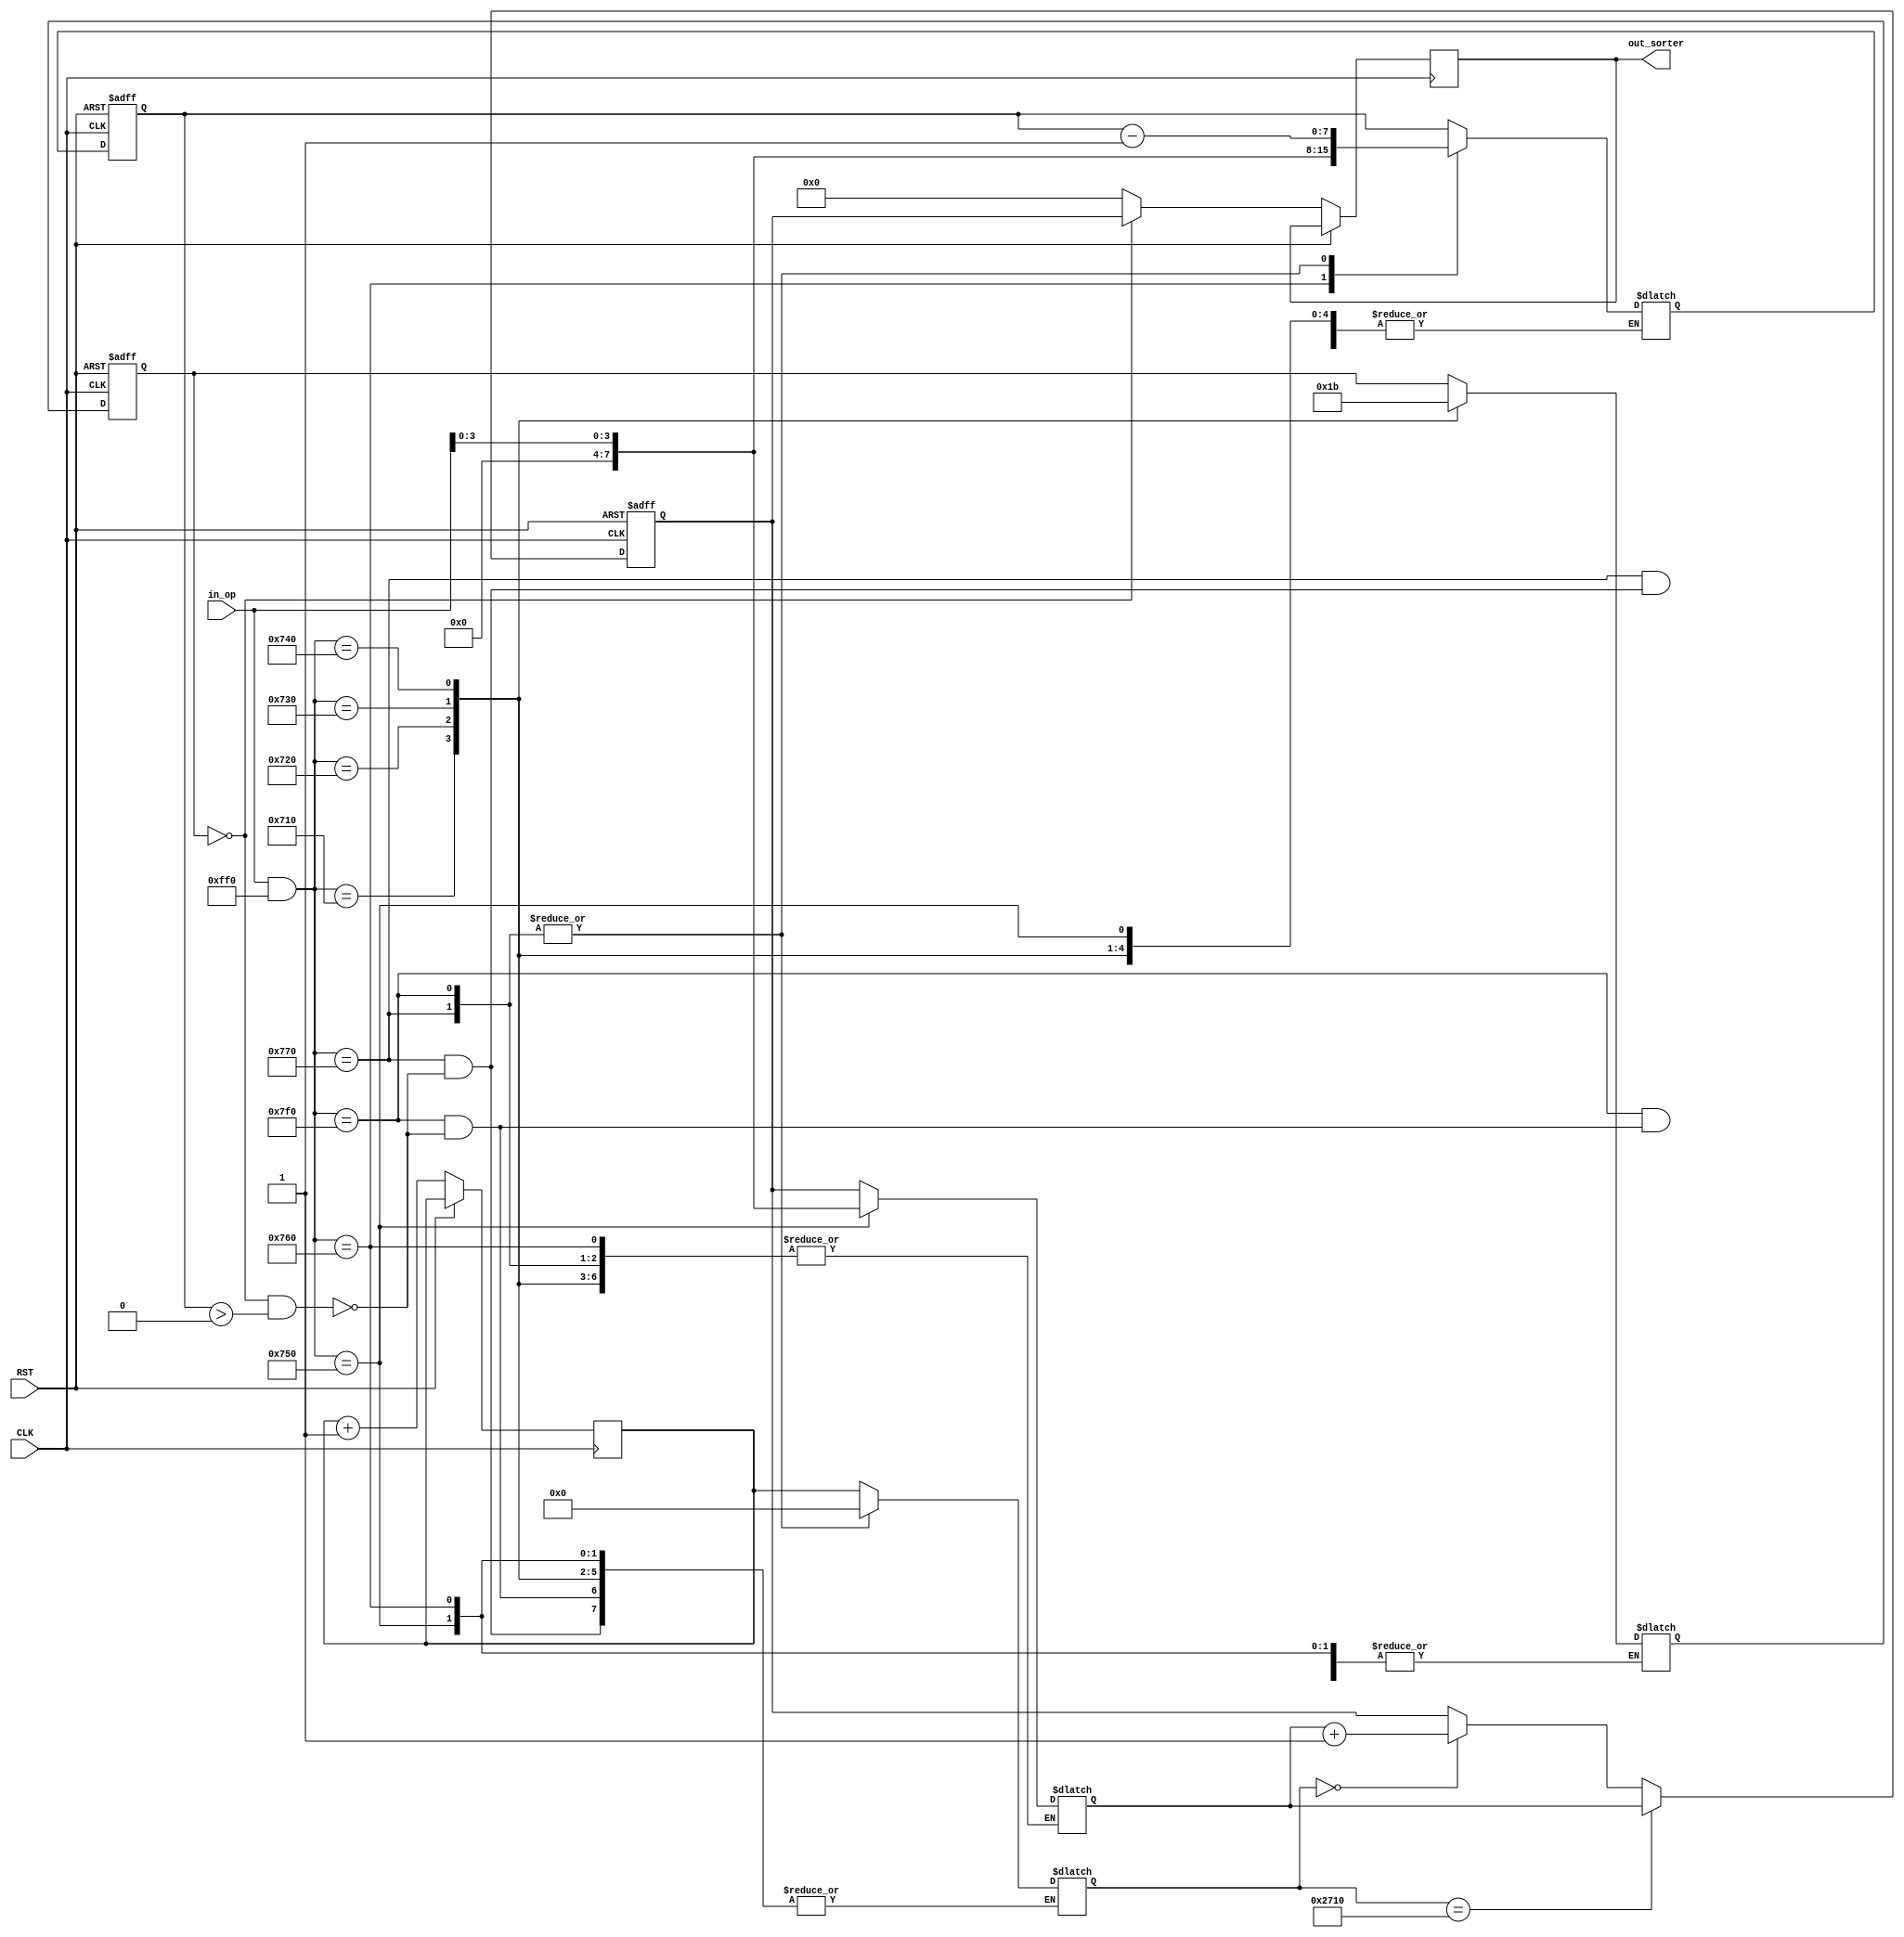
module task6(
    input CLK,
	 input RST,
    input [15:0] in_op,
    output wire [7:0] out_sorter
    );

    // Initial values

    reg [1:0] state = 2'b00;
    reg [1:0] next_state;
    reg [7:0] task_priority = 8'b00000000;
    reg [7:0] next_priority = 8'b00000000;
    reg [7:0] exe_hit = 8'b10000000;
    reg [7:0] next_exe_hit;
    reg [7:0] id_plus_prty;
    reg [31:0] r_counter = 32'b0;
	 reg [31:0] next_r_counter = 32'b0;

    localparam task_id = 8'b00000111;

    // States
    // ---------------------
    // 00 | Ready
    // 01 | Suspended
    // 10 | Wait
    // 11 | Terminated
    // ---------------------



    always @(*) begin
        // Operation cases
        // ---------------------
        // 1111 | Confirm execution
        // 0001 | Ready          
        // 0010 | Suspend                    
        // 0011 | Wait                        
        // 0100 | Kill                      
        // 0101 | Increase priority          
        // 0110 | Increase execution hit 
        // 1100 | Kill                       
        // 0000 | Not defined
        // ---------------------

        case (in_op & 16'b0000111111110000)
            // ---------------------
            // Particular State change
            // ---------------------
            16'b0000011100010000: next_state = 2'b00; // Ready : 0001
            16'b0000011100100000: next_state = 2'b01; // Suspend : 0010
            16'b0000011100110000: next_state = 2'b10; // Wait : 0011
            16'b0000011101000000: next_state = 2'b11; // Kill : 0100
			
            // ---------------------------------------------------------
			
            16'b0000011101010000: next_priority = in_op[3:0]; // Increase priority : 0101
            16'b0000011101100000: next_exe_hit = in_op[3:0]; // Increase execution hit : 0110
			
            16'b0000011101110000: begin // Execute
                if (state == 2'b00 && exe_hit > 0) begin
                    next_exe_hit = exe_hit - 1;
                    next_r_counter <= 0;
                end
            end
			
            16'b0000011111110000: begin // Finish execution
                if (state == 2'b00 && exe_hit > 0) begin
                    next_exe_hit = exe_hit - 1;
                    next_r_counter <= 0;
                end
            end
			
            default: begin
                next_state = state;
                next_priority = task_priority;
                next_exe_hit = exe_hit;
					 next_r_counter = r_counter;
            end
        endcase
    end

    always @(posedge CLK or posedge RST) begin
        if (RST) begin
            // RST the FSM to the initial state and values
            state <= 2'b00;
            task_priority <= 8'b00000000;
            exe_hit <= 8'b10000000;
        end else begin 
			  if (state == 2'b00) begin
					id_plus_prty = {task_id, task_priority};
			  end else begin
					id_plus_prty = 8'b00000000;
			  end
			  if (next_r_counter == 10000) begin
					r_counter <= 0;
					task_priority <= next_priority;
			  end else if (next_r_counter == 0) begin
					r_counter <= 0;
					task_priority <= next_priority + 1;	
			  end
			  state <= next_state;		  
			  exe_hit <= next_exe_hit;
			  r_counter <= r_counter + 1;
		  end
    end

    assign out_sorter = id_plus_prty;

endmodule